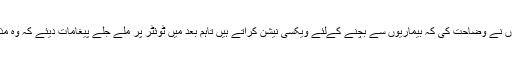
ہنستے ہوئے انہوں نے وضاحت کی کہ بیماریوں سے بچنے کےلئے ویکسی نیشن کراتے ہیں تاہم بعد میں ٹوئٹر پر ملے جلے پیغامات دیئے کہ وہ مذاق کررہے تھے۔